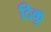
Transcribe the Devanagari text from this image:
दिकु